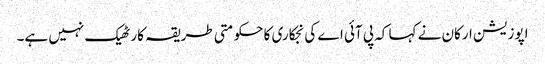
اپوزیشن ارکان نے کہا کہ پی آئی اے کی نجکاری کا حکومتی طریقہ کار ٹھیک نہیں ہے۔